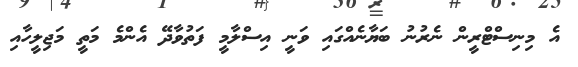
އެ މިނިސްޓްރީން ނެރުނު ބަޔާނެއްގައި ވަނީ އިސްލާމީ ފަތުވާދޭ އެންމެ މަތީ މަޖިލީހާއި